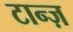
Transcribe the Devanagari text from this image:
टान्ज़